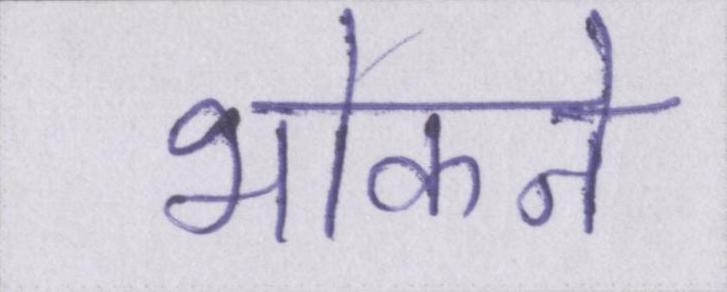
भोकने